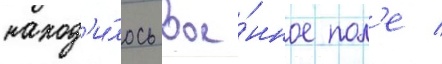
наход'и́лось вое́нное пол'е /